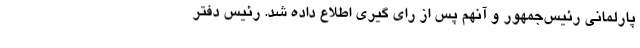
پارلمانی رئیس‌جمهور و آنهم پس از رای گیری اطلاع داده شد. رئیس دفتر